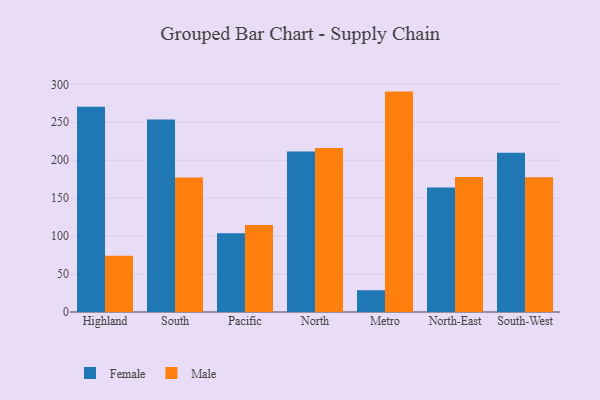
{"axis": {"x": "Region", "y": "Budget (USD K)"}, "legend": ["Female", "Male"], "data": [{"x": "Highland", "y": 270.5, "type": "Female"}, {"x": "Highland", "y": 74.2, "type": "Male"}, {"x": "South", "y": 253.5, "type": "Female"}, {"x": "South", "y": 177.1, "type": "Male"}, {"x": "Pacific", "y": 103.6, "type": "Female"}, {"x": "Pacific", "y": 114.5, "type": "Male"}, {"x": "North", "y": 211.5, "type": "Female"}, {"x": "North", "y": 216.1, "type": "Male"}, {"x": "Metro", "y": 28.7, "type": "Female"}, {"x": "Metro", "y": 290.4, "type": "Male"}, {"x": "North-East", "y": 164.2, "type": "Female"}, {"x": "North-East", "y": 178.0, "type": "Male"}, {"x": "South-West", "y": 209.7, "type": "Female"}, {"x": "South-West", "y": 177.7, "type": "Male"}]}